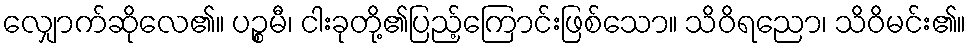
လျှောက်ဆိုလေ၏။ ပဉ္စမီ၊ ငါးခုတို့၏ပြည့်ကြောင်းဖြစ်သော။ သိဝိရညော၊ သိဝိမင်း၏။